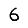
Digit: 6